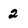
Character: 2